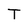
Character: T